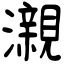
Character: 瀙